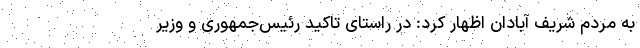
به مردم شریف آبادان اظهار کرد: در راستای تاکید رئیس‌جمهوری و وزیر